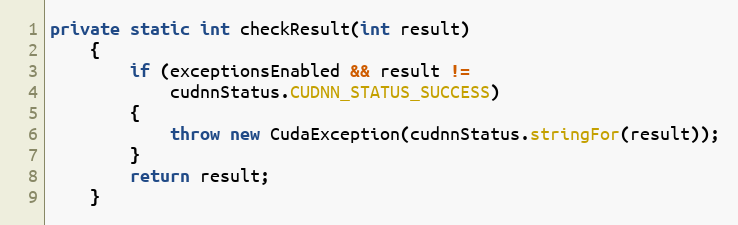
Language: Java
private static int checkResult(int result)
    {
        if (exceptionsEnabled && result !=
            cudnnStatus.CUDNN_STATUS_SUCCESS)
        {
            throw new CudaException(cudnnStatus.stringFor(result));
        }
        return result;
    }